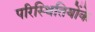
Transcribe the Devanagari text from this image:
परिस्थितियोंके